Senior Leaving Certificate Examination (including Day School Certificate (Higher) General paper), 1946
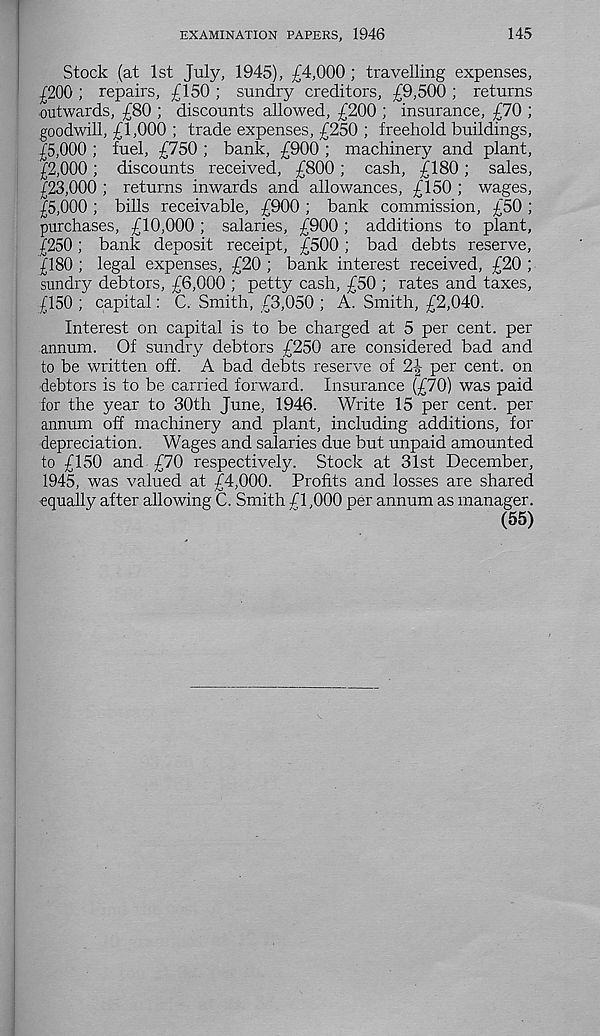
EXAMINATION PAPERS, 1946
145
Stock (at 1st July, 1945), £4,000 ; travelling expenses,
£200 ; repairs, £150 ; sundry creditors, £9,500 ; returns
outwards, £80 ; discounts allowed, £200 ; insurance, £70 ;
goodwill, £1,000 ; trade expenses, £250 ; freehold buildings,
£5,000 ; fuel, £750 ; bank, £900 ; machinery and plant,
£2,000; discounts received, £800; cash, £180; sales,
£23,000 ; returns inwards and allowances, £150 ; wages,
£5,000 ; bills receivable, £900 ; bank commission, £50 ;
purchases, £10,000; salaries, £900; additions to plant,
£250; bank deposit receipt, £500; bad debts reserve,
£180; legal expenses, £20; bank interest received, £20;
sundry debtors, £6,000 ; petty cash, £50 ; rates and taxes,
£150 ; capital: C. Smith, £3,050 ; A. Smith, £2,040.
Interest on capital is to be charged at 5 per cent, per
annum. Of sundry debtors £250 are considered bad and
to be written off. A bad debts reserve of 2J per cent, on
debtors is to be carried forward. Insurance (£70) was paid
for the year to 30th June, 1946. Write 15 per cent, per
annum off machinery and plant, including additions, for
depreciation. Wages and salaries due but unpaid amounted
to £150 and £70 respectively. Stock at 31st December,
1945, was valued at £4,000. Profits and losses are shared
equally after allowing C. Smith /l,000 per annum as manager.
(55)